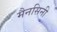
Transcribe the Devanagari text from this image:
मैनसिनी